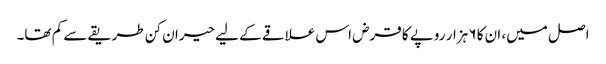
اصل میں، ان کا ۶ ہزار روپے کا قرض اس علاقے کے لیے حیران کن طریقے سے کم تھا۔